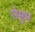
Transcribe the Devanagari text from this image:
रोसुम